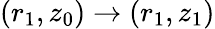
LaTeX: (r_{1},z_{0})\rightarrow(r_{1},z_{1})